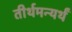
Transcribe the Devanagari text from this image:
तीर्थमन्यर्थं